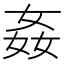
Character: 姦